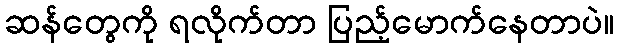
ဆန်တွေကို ရလိုက်တာ ပြည့်မောက်နေတာပဲ။